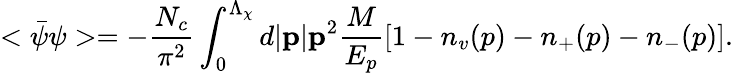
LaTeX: <\bar{\psi}\psi>=-\frac{N_{c}}{\pi^{2}}\int_{0}^{\Lambda_{\chi}}d|{\mathbf p}|{\mathbf p}^{2}\frac{M}{E_{p}}[1-n_{v}(p)-n_{+}(p)-n_{-}(p)].